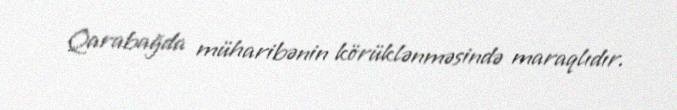
Qarabağda müharibənin körüklənməsində maraqlıdır.